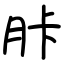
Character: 胩